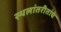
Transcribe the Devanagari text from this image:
स्थलांतरीतांचे